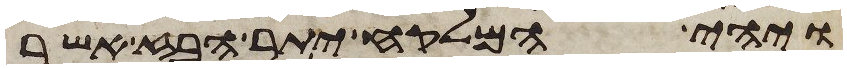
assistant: ויהי המלקח יתר הבז אשר